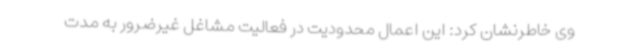
وی خاطرنشان کرد: این اعمال محدودیت در فعالیت مشاغل غیرضرور به مدت